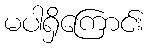
မပါရှိကြောင်း